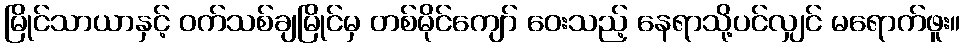
မြိုင်သာယာနှင့် ဝက်သစ်ချမြိုင်မှ တစ်မိုင်ကျော် ဝေးသည့် နေရာသို့ပင်လျှင် မရောက်ဖူး။